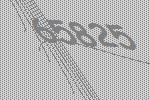
65825